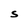
Character: S